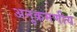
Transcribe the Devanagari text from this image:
अनुक्रमणीय